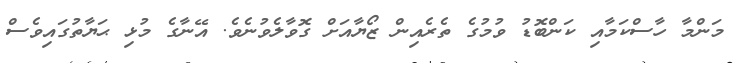
މަންމާ ހާސްކަމާއި ކަންބޮޑު ވުމުގެ ތެރެއިން ޒޯޔާއަށް ގޮވާލެވުނެވެ. އޭނާގެ މުޅި ޙަޔާތުގައިވެސް